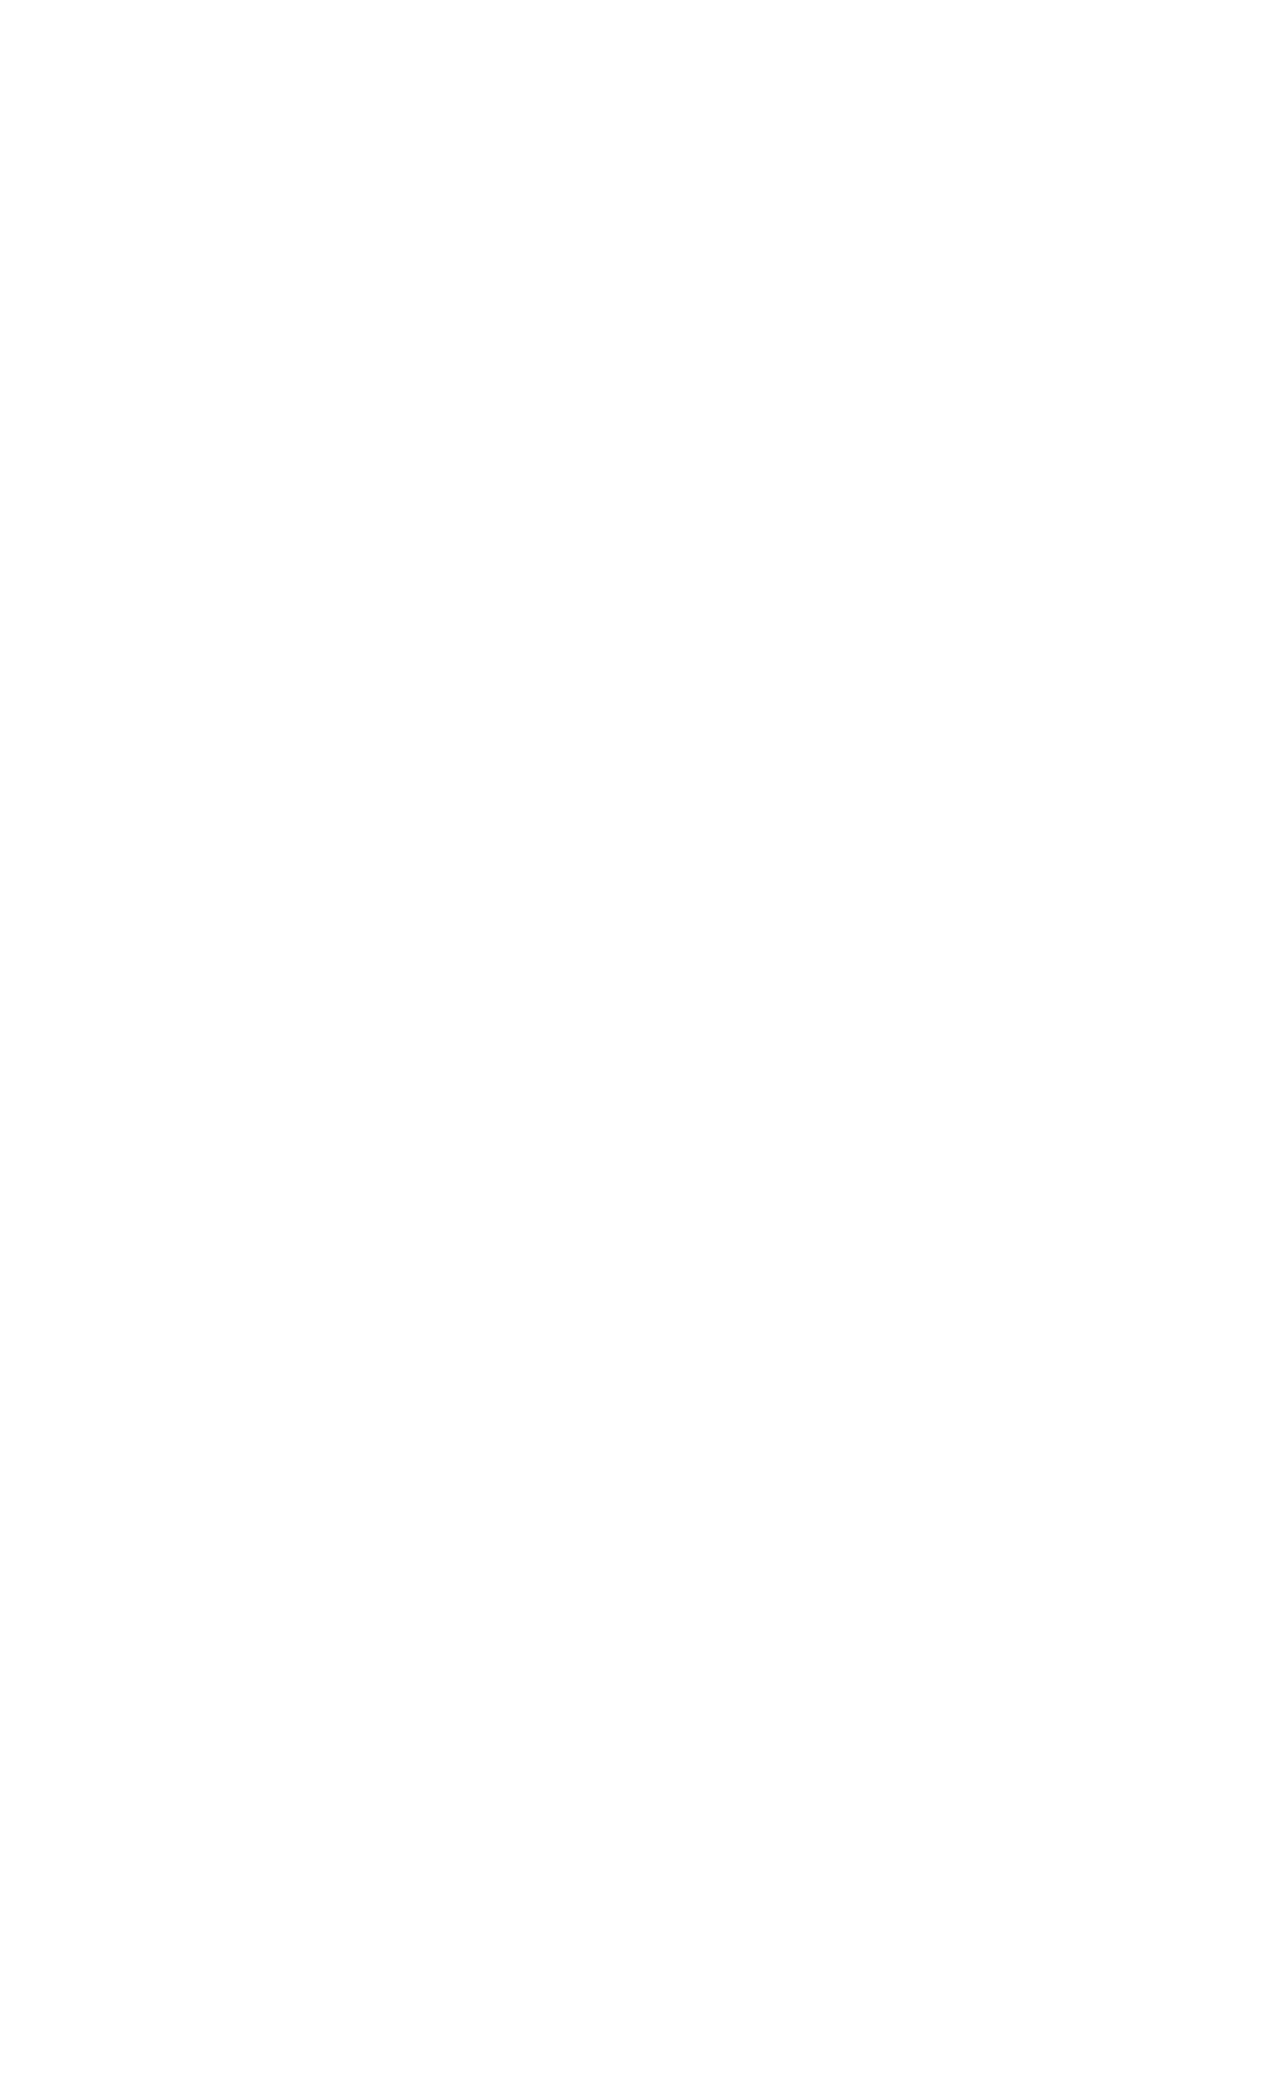
A  p  pe  t i z e  r s
 CALAMARI     w i th marinara on th e si de
 11.95
 FR I ED MUSHROOMS        served wi th ranch on the si de              9.95
 JALAPENO     POPPERS    served with ranch o n the si de               9.95
 8 PIECE   WING   - lemon p epper, old bay, m ild, h ot, tery iak i    10.95
 HOMEMADE       MEATBALLS     w ith m arin ara on the si de            10.95
 SOUTHERN      FRIED   CHICKEN     BITES  served wit h ranch o n the side 9.95
 S  I D  E  S                           S  O  U  P   S
 Fri es                3.95             She Crab
 5.95
 Sweet  Potato Fries  3 .95
 Soup  of the We ek           4.95
 Onion   Rings         3.95
 Potato  Salad         3 .95
 S  A L  A   D  S
 Cucumber    Salad     3.95
 Mexi  Slaw            3.95             House  Salad                 8. 95
 Mac   & Cheese        3.95             Caesar  Salad                8. 95
 Ch  icken Salad       4.95
 Add:  Chicken  or
 Tuna   Salad          4.95
 Portabella for $3.00  &
 Egg  Salad
 4 .95            Shrimp  for $4.00
 K  I D   S  M   E  N   U
 D   E S  S  E R   T  S
 Served  w ith a side & drink
 Grilled Cheese      4.95              Cirsea Icecream   Sandwich   4 .95
 Hot  Dog            5.95
 Cheesecake   Slice            4.95
 Shrimp  Basket      7.95
 Cake  of the Week             6.95